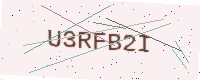
Text: U3RFB2I